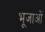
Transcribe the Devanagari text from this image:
भूजाओं